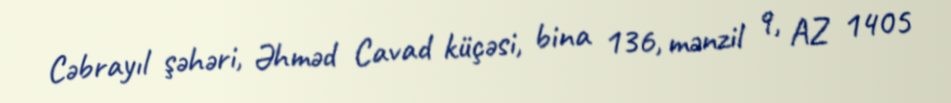
Cəbrayıl şəhəri, Əhməd Cavad küçəsi, bina 136, mənzil 9, AZ 1405